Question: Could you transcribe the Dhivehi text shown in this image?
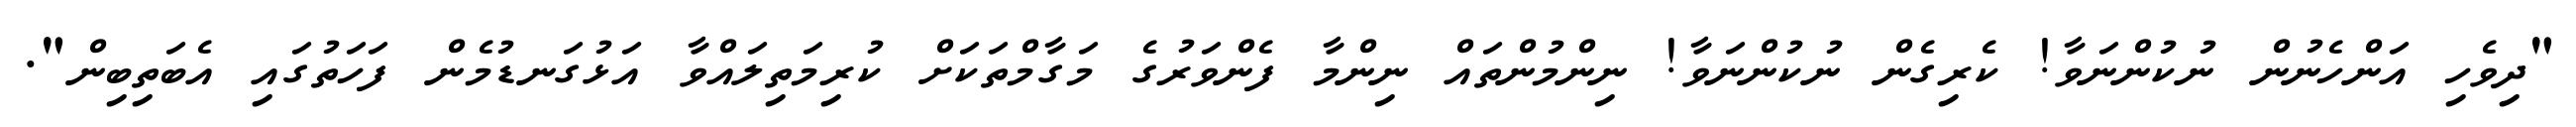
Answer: "ދިވެހި އަންހެނުން ނުކުންނަވާ! ކެރިގެން ނުކުންނަވާ! ނިންމުންތައް ނިންމާ ފެންވަރުގެ މަގާމްތަކަށް ކުރިމަތިލައްވާ އަޅުގަނޑުމެން ފަހަތުގައި އެބަތިބިން".